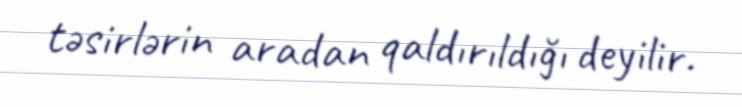
təsirlərin aradan qaldırıldığı deyilir.